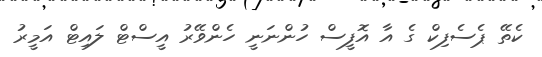
ކެތޭ ޕެސެފިކް ގެ އާ އޮފީސް ހުންނަނީ ހެންވޭރު އީސްޓް ލައިޓް އަމީރު